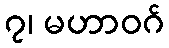
၇၊ မဟာဝဂ်